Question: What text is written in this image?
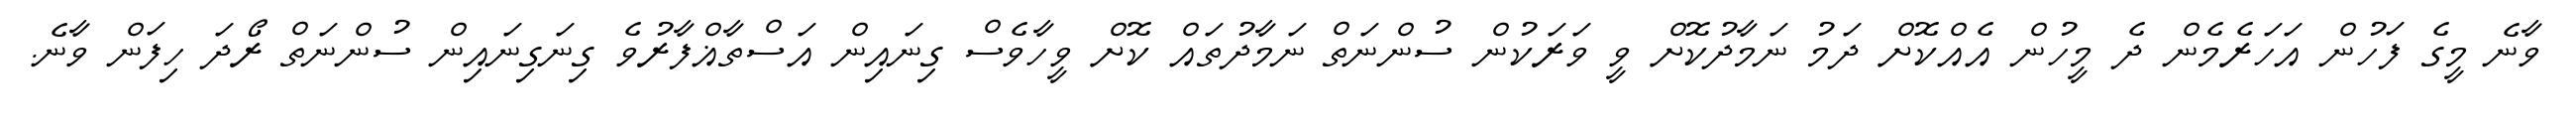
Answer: ވާނެ މީގެ ފަހުން އަހަރެމެން ދެ މީހުން އެއްކޮށް ދަމު ނަމާދުކޮށް ވީ ވަރަކުން ސުންނަތް ނަމާދުތައް ކޮށް ވީހާވެސް ގިނައިން އަސްތާޣްފާރުވެ ގިނަގިނައިން ސުންނަތް ރޯދަ ހިފަން ވާނެ.